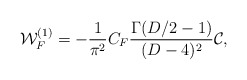
\begin{align*}{\cal W}_F^{(1)} = - \frac{1}{{\pi}^2} C_F {\Gamma(D/2 - 1)\over (D - 4)^2} {\cal C},\end{align*}